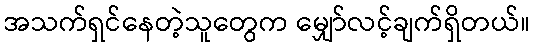
အသက်ရှင်နေတဲ့သူတွေက မျှော်လင့်ချက်ရှိတယ်။